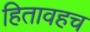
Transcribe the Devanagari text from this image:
हितावहच